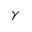
\gamma